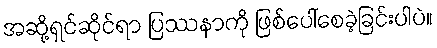
အဆို့ရှင်ဆိုင်ရာ ပြဿနာကို ဖြစ်ပေါ်စေခဲ့ခြင်းပါပဲ။